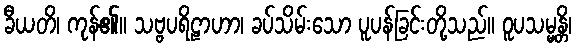
ခီယတိ၊ ကုန်၏။ သဗ္ဗပရိဠာဟာ၊ ခပ်သိမ်းသော ပူပန်ခြင်းတို့သည်။ ဝူပသမ္မန္တိ၊